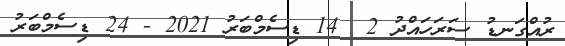
ރުއްގަނޑު ސަރަހައްދު 2  14 ޑިސެމްބަރު 2021 - 24 ޑިސެމްބަރު